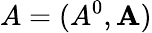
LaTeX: A=(A^{0},\mathbf{A})